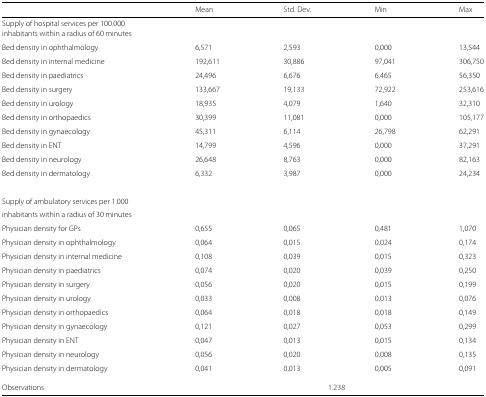
<table><thead><tr><td></td><td><b>Mean</b></td><td><b>Std. Dev.</b></td><td><b>Min</b></td><td><b>Max</b></td></tr></thead><tbody><tr><td>Supply of hospital services per 100.000</td><td></td><td></td><td></td><td></td></tr><tr><td>inhabitants within a radius of 60 minutes</td><td></td><td></td><td></td><td></td></tr><tr><td>Bed density in ophthalmology</td><td>6,571</td><td>2,593</td><td>0,000</td><td>13,544</td></tr><tr><td>Bed density in internal medicine</td><td>192,611</td><td>30,886</td><td>97,041</td><td>306,750</td></tr><tr><td>Bed density in paediatrics</td><td>24,496</td><td>6,676</td><td>6,465</td><td>56,350</td></tr><tr><td>Bed density in surgery</td><td>133,667</td><td>19,133</td><td>72,922</td><td>253,616</td></tr><tr><td>Bed density in urology</td><td>18,935</td><td>4,079</td><td>1,640</td><td>32,310</td></tr><tr><td>Bed density in orthopaedics</td><td>30,399</td><td>11,081</td><td>0,000</td><td>105,177</td></tr><tr><td>Bed density in gynaecology</td><td>45,311</td><td>6,114</td><td>26,798</td><td>62,291</td></tr><tr><td>Bed density in ENT</td><td>14,799</td><td>4,596</td><td>0,000</td><td>37,291</td></tr><tr><td>Bed density in neurology</td><td>26,648</td><td>8,763</td><td>0,000</td><td>82,163</td></tr><tr><td>Bed density in dermatology</td><td>6,332</td><td>3,987</td><td>0,000</td><td>24,234</td></tr><tr><td>Supply of ambulatory services per 1.000</td><td></td><td></td><td></td><td></td></tr><tr><td>inhabitants within a radius of 30 minutes</td><td></td><td></td><td></td><td></td></tr><tr><td>Physician density for GPs</td><td>0,655</td><td>0,065</td><td>0,481</td><td>1,070</td></tr><tr><td>Physician density in ophthalmology</td><td>0,064</td><td>0,015</td><td>0,024</td><td>0,174</td></tr><tr><td>Physician density in internal medicine</td><td>0,108</td><td>0,039</td><td>0,015</td><td>0,323</td></tr><tr><td>Physician density in paediatrics</td><td>0,074</td><td>0,020</td><td>0,039</td><td>0,250</td></tr><tr><td>Physician density in surgery</td><td>0,056</td><td>0,020</td><td>0,015</td><td>0,199</td></tr><tr><td>Physician density in urology</td><td>0,033</td><td>0,008</td><td>0,013</td><td>0,076</td></tr><tr><td>Physician density in orthopaedics</td><td>0,064</td><td>0,018</td><td>0,018</td><td>0,149</td></tr><tr><td>Physician density in gynaecology</td><td>0,121</td><td>0,027</td><td>0,053</td><td>0,299</td></tr><tr><td>Physician density in ENT</td><td>0,047</td><td>0,013</td><td>0,015</td><td>0,134</td></tr><tr><td>Physician density in neurology</td><td>0,056</td><td>0,020</td><td>0,008</td><td>0,135</td></tr><tr><td>Physician density in dermatology</td><td>0,041</td><td>0,013</td><td>0,005</td><td>0,091</td></tr><tr><td>Observations</td><td colspan="4">1.238</td></tr></tbody></table>